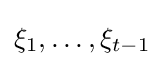
\xi _{1},\dots ,\xi _{t-1}